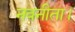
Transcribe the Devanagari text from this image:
नवनीता।